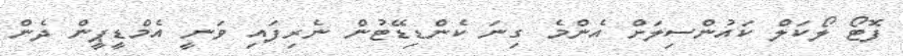
ފޮޓޯ ލޯކަލް ކައުންސިލަށް އެންމެ ގިނަ ކެންޑިޑޭޓުން ނެރިފައި ވަނީ އެމްޑީޕީން ދެން